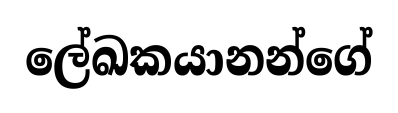
ලේඛකයානන්ගේ